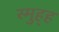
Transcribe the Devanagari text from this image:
स्मुह्ह